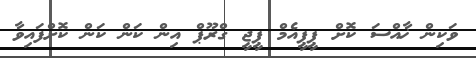
ވަކިން ޚާއްސަ ކޮށް ޕީޕީއެމް ޕީޖީ ގްރޫޕް އިން ކަން ކަން ކޮށްފައިވާ